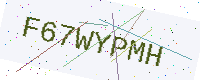
Text: F67WYPMH